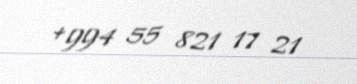
+994 55 821 17 21